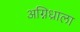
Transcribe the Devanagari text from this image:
अग्निध्राला